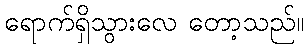
ရောက်ရှိသွားလေ တော့သည်။